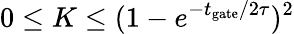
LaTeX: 0\leq K\leq(1-e^{{-t_{\mathrm{gate}}}/{2\tau}})^{2}